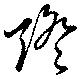
燈